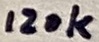
Text: 120k